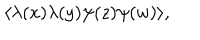
\langle \lambda ( x ) \lambda ( y ) \psi ( z ) \psi ( w ) \rangle ,